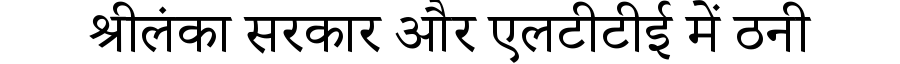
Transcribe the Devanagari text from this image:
श्रीलंका सरकार और एलटीटीई में ठनी